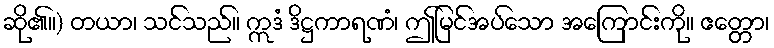
ဆို၏။) တယာ၊ သင်သည်။ ဣဒံ ဒိဋ္ဌကာရဏံ၊ ဤမြင်အပ်သော အကြောင်းကို။ ဧတ္တော၊